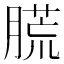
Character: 䐠